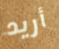
أريد